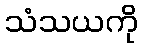
သံသယကို